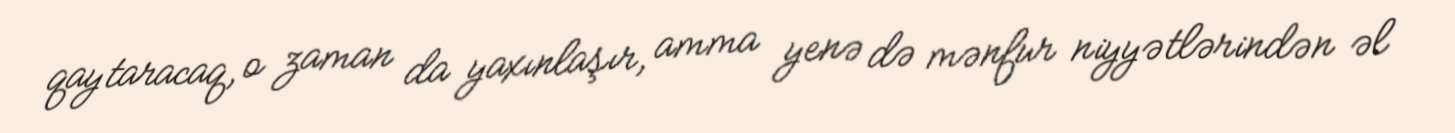
qaytaracaq, o zaman da yaxınlaşır, amma yenə də mənfur niyyətlərindən əl